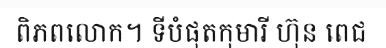
ពិភពលោក។ ទីបំផុតកុមារី ហ៊ុន ពេជ